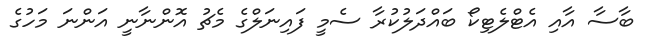
ބާސާ އާއި އެޓްލެޓިކޯ ބައްދަލުކުރާ ސެމީ ފައިނަލްގެ މެޗު އޮންނާނީ އަންނަ މަހުގެ